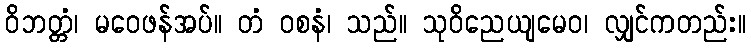
ဝိဘတ္တံ၊ မဝေဖန်အပ်။ တံ ဝစနံ၊ သည်။ သုဝိညေယျမေဝ၊ လျှင်ကတည်း။